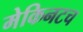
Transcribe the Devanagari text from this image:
मेकिनटच